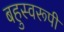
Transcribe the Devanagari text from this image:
बहुस्वरूपी